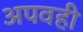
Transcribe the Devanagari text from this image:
अपवही